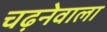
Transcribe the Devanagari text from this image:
चढ़नेवाला